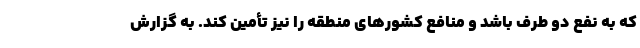
که به نفع دو طرف باشد و منافع کشورهای منطقه را نیز تأمین کند. به گزارش